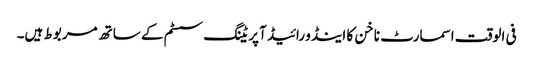
فی الوقت اسمارٹ ناخن کا اینڈو رائیڈ آپریٹنگ سسٹم کے ساتھ مربوط ہیں۔